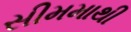
સીમમાથી